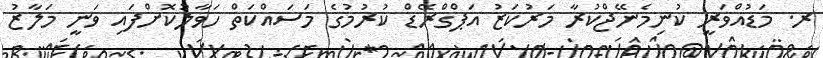
ރ. މަޑުއްވަރީ ކުނިމެނޭޖްކުރާ މަރުކަޒު އަޕްގްރޭޑް ކުރުމުގެ މަސައްކަތް ހަވާލުކޮށްފައި ވަނީ މަލާޒު